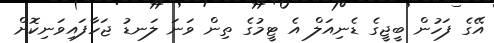
އޭގެ ފަހުން ބީޖީގެ ޑެނިއަލް އެ ޓީމުގެ ތިން ވަނަ ލަނޑު ޖަހާފައިވަނިކޮށް